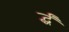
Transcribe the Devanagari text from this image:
र्द्धं